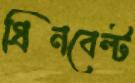
গ্রিনবেল্ট